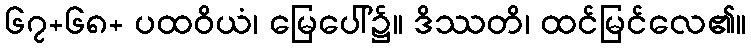
၆၇+၆၈+ ပထဝိယံ၊ မြေပေါ်၌။ ဒိဿတိ၊ ထင်မြင်လေ၏။